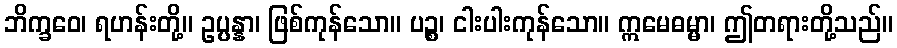
ဘိက္ခဝေ၊ ရဟန်းတို့။ ဥပ္ပန္နာ၊ ဖြစ်ကုန်သော။ ပဉ္စ၊ ငါးပါးကုန်သော။ ဣမေဓမ္မာ၊ ဤတရားတို့သည်။